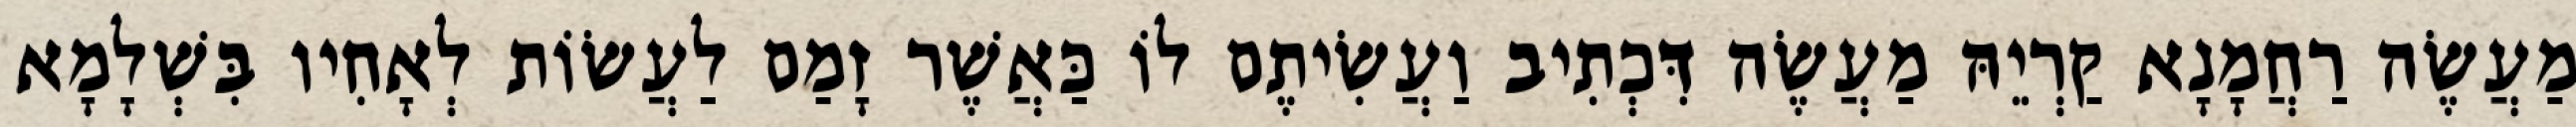
מַעֲשֶׂה רַחֲמָנָא קַרְיֵהּ מַעֲשֶׂה דִּכְתִיב וַעֲשִׂיתֶם לוֹ כַּאֲשֶׁר זָמַם לַעֲשׂוֹת לְאָחִיו בִּשְׁלָמָא